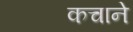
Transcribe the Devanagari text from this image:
कचाने